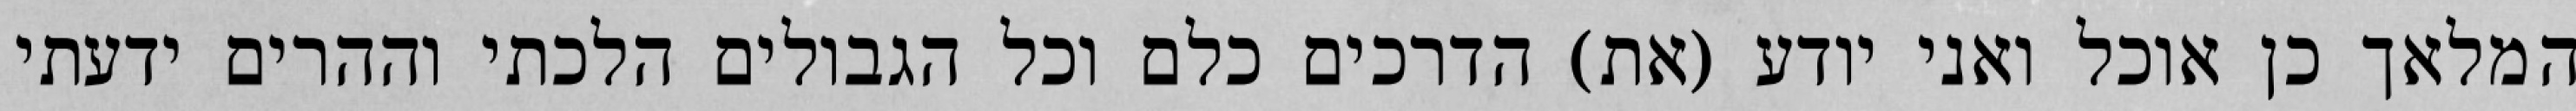
המלאך כן אוכל ואני יודע (את) הדרכים כלם וכל הגבולים הלכתי וההרים ידעתי